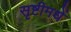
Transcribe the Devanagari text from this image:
सृष्टीमधें